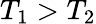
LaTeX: T_{1}>T_{2}